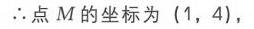
\(\therefore\)点\(M\)的坐标为\((1,4)\)，